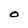
Character: O